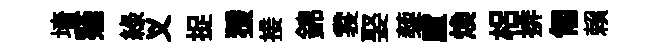
墻薤綠义捉猨接錦裳娶蔾盧焕梠排匍賴